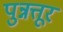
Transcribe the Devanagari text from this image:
पुन्नत्तूर